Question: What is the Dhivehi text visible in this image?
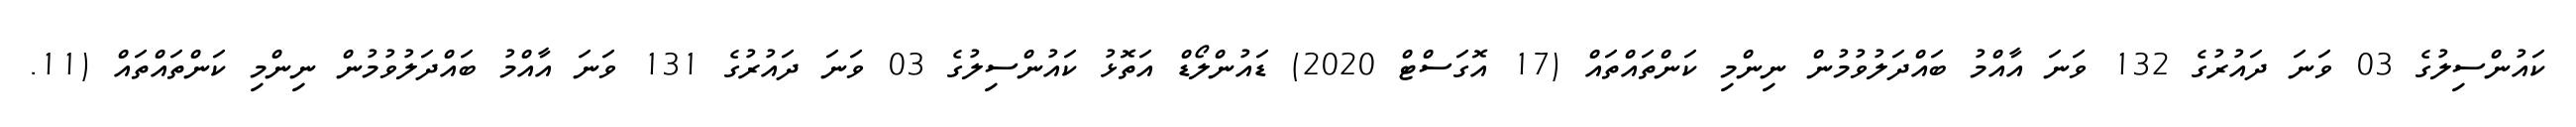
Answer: ކައުންސިލުގެ 03 ވަނަ ދައުރުގެ 132 ވަނަ އާއްމު ބައްދަލުވުމުން ނިންމި ކަންތައްތައް (17 އޮގަސްޓް 2020) ޑައުންލޯޑް އަތޮޅު ކައުންސިލުގެ 03 ވަނަ ދައުރުގެ 131 ވަނަ އާއްމު ބައްދަލުވުމުން ނިންމި ކަންތައްތައް (11.